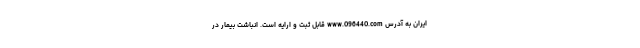
ایران به آدرس www.096440.com قابل ثبت و ارایه است. انباشت بیمار در